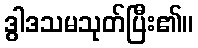
ဒွါဒသမသုတ်ပြီး၏။